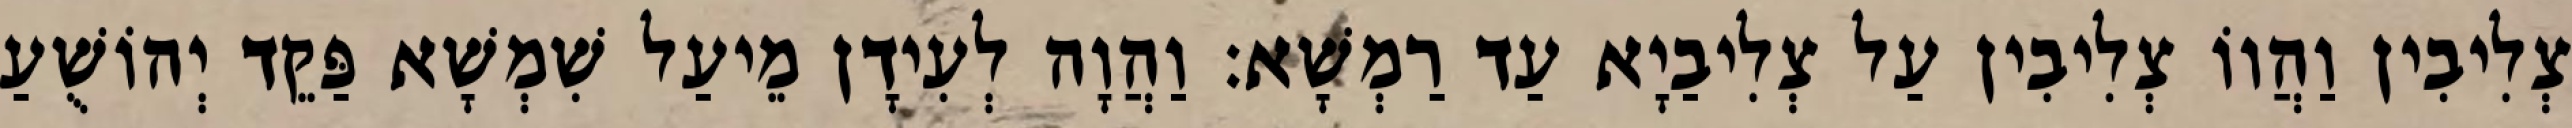
צְלִיבִין וַהֲווֹ צְלִיבִין עַל צְלִיבַיָא עַד רַמְשָׁא׃ וַהֲוָה לְעִידָן מֵיעַל שִׁמְשָׁא פַּקֵד יְהוֹשֻׁעַ